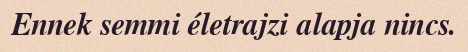
Ennek semmi életrajzi alapja nincs.